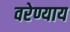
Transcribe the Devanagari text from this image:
वरेण्याय